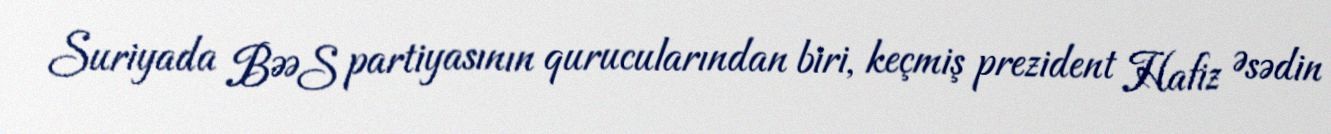
Suriyada BƏƏS partiyasının qurucularından biri, keçmiş prezident Hafiz Əsədin